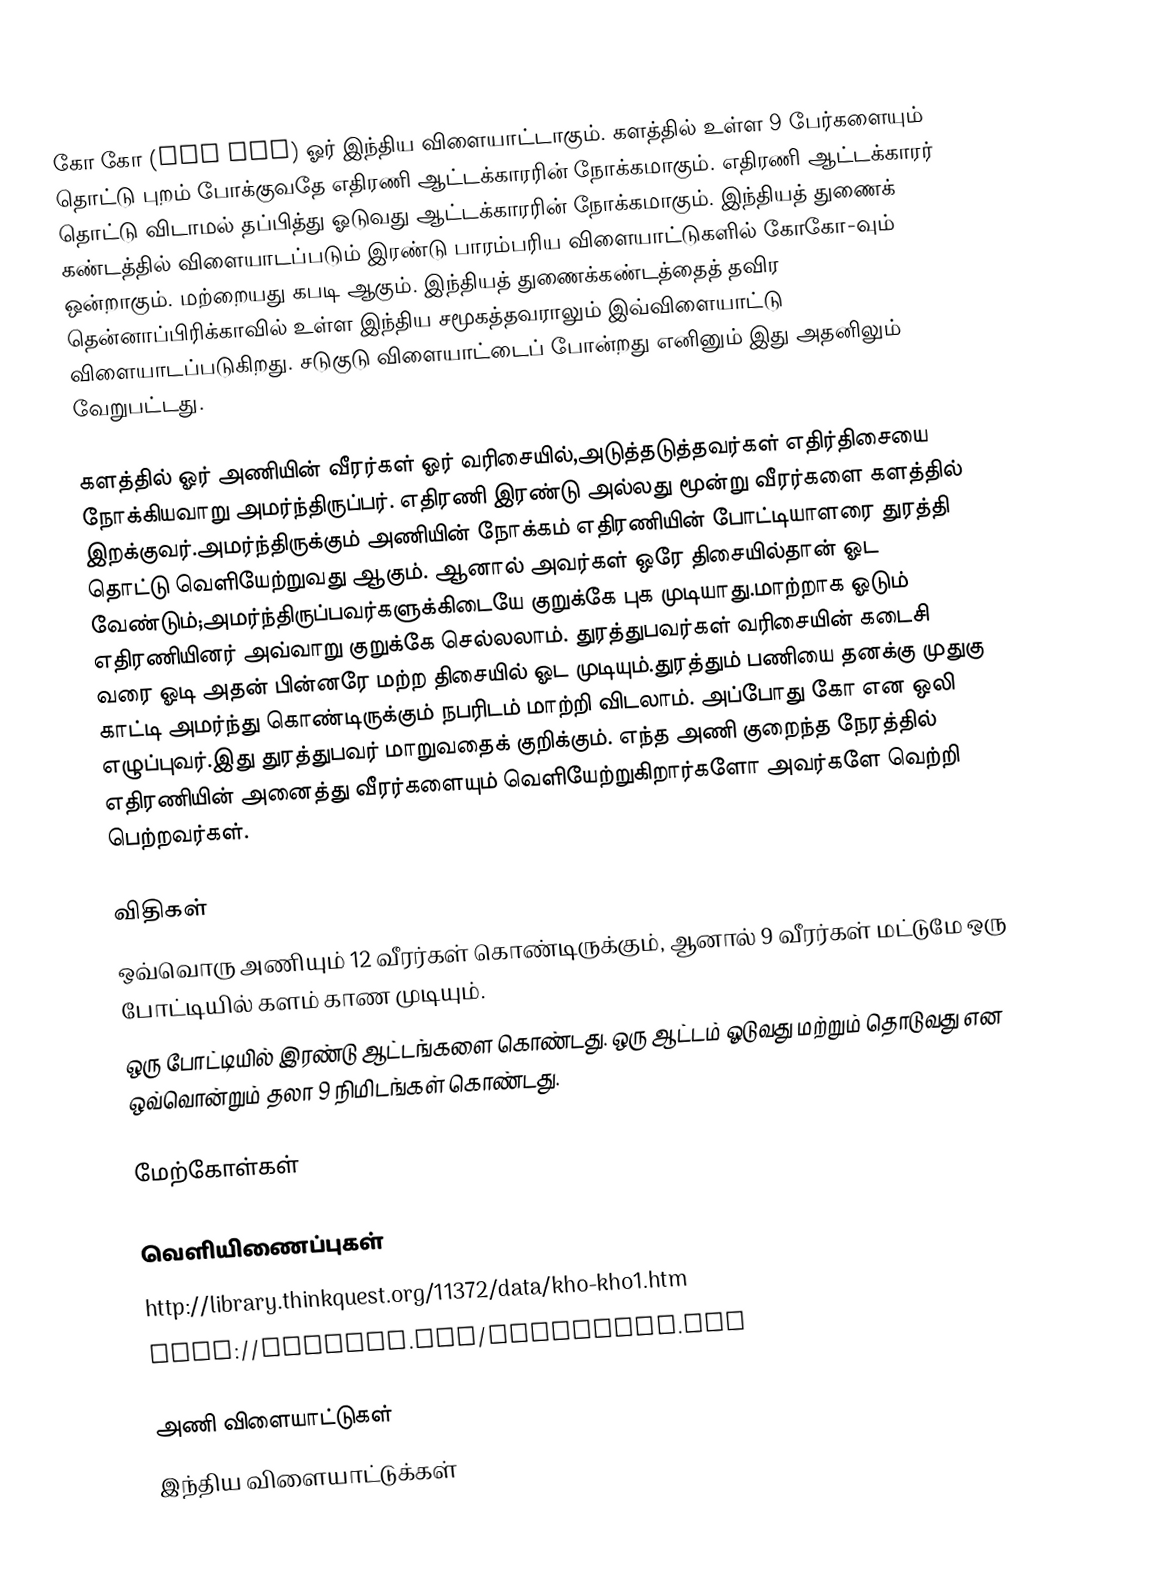
கோ கோ (Kho kho) ஓர் இந்திய விளையாட்டாகும். களத்தில் உள்ள 9 பேர்களையும் தொட்டு புறம் போக்குவதே எதிரணி ஆட்டக்காரரின் நோக்கமாகும். எதிரணி ஆட்டக்காரர் தொட்டு விடாமல் தப்பித்து ஓடுவது ஆட்டக்காரரின் நோக்கமாகும். இந்தியத் துணைக் கண்டத்தில் விளையாடப்படும் இரண்டு பாரம்பரிய விளையாட்டுகளில் கோகோ-வும் ஒன்றாகும். மற்றையது கபடி ஆகும். இந்தியத் துணைக்கண்டத்தைத் தவிர தென்னாப்பிரிக்காவில் உள்ள இந்திய சமூகத்தவராலும் இவ்விளையாட்டு விளையாடப்படுகிறது. சடுகுடு விளையாட்டைப் போன்றது எனினும் இது அதனிலும் வேறுபட்டது.

களத்தில் ஓர் அணியின் வீரர்கள் ஓர் வரிசையில்,அடுத்தடுத்தவர்கள் எதிர்திசையை நோக்கியவாறு அமர்ந்திருப்பர். எதிரணி இரண்டு அல்லது மூன்று வீரர்களை களத்தில் இறக்குவர்.அமர்ந்திருக்கும் அணியின் நோக்கம் எதிரணியின் போட்டியாளரை துரத்தி தொட்டு வெளியேற்றுவது ஆகும். ஆனால் அவர்கள் ஒரே திசையில்தான் ஓட வேண்டும்;அமர்ந்திருப்பவர்களுக்கிடையே குறுக்கே புக முடியாது.மாற்றாக ஓடும் எதிரணியினர் அவ்வாறு குறுக்கே செல்லலாம். துரத்துபவர்கள் வரிசையின் கடைசி வரை ஓடி அதன் பின்னரே மற்ற திசையில் ஓட முடியும்.துரத்தும் பணியை தனக்கு முதுகு காட்டி அமர்ந்து கொண்டிருக்கும் நபரிடம் மாற்றி விடலாம். அப்போது கோ என ஒலி எழுப்புவர்.இது துரத்துபவர் மாறுவதைக் குறிக்கும். எந்த அணி குறைந்த நேரத்தில் எதிரணியின் அனைத்து வீரர்களையும் வெளியேற்றுகிறார்களோ அவர்களே வெற்றி பெற்றவர்கள்.

விதிகள்
 ஒவ்வொரு அணியும் 12 வீரர்கள் கொண்டிருக்கும், ஆனால் 9 வீரர்கள் மட்டுமே ஒரு போட்டியில் களம் காண முடியும்.
 ஒரு போட்டியில் இரண்டு ஆட்டங்களை கொண்டது. ஒரு ஆட்டம் ஓடுவது மற்றும் தொடுவது என ஒவ்வொன்றும் தலா 9 நிமிடங்கள் கொண்டது.

மேற்கோள்கள்

வெளியிணைப்புகள்
http://library.thinkquest.org/11372/data/kho-kho1.htm
http://mkkasso.com/Technical.htm

அணி விளையாட்டுகள்
இந்திய விளையாட்டுக்கள்